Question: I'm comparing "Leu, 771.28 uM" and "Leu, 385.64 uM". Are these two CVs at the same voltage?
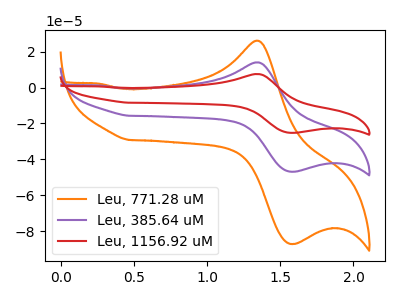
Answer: <think>The orange curve "Leu, 771.28 uM" has an anodic peak at (1.35V, 26.10uA) and a cathodic peak at (1.55V, -87.10uA). The purple curve "Leu, 385.64 uM" has an anodic peak at (1.35V, 14.05uA) and a cathodic peak at (1.55V, -46.85uA). The red curve "Leu, 1156.92 uM" has an anodic peak at (1.35V, 28.10uA) and a cathodic peak at (1.55V, -93.75uA).
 All the peaks in "Leu, 771.28 uM" have a peak in "Leu, 385.64 uM" at the same potential. Every peak in "Leu, 771.28 uM" is higher than every peak in "Leu, 385.64 uM".</think>
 <answer>"Leu, 771.28 uM" and "Leu, 385.64 uM" are similar in shape.</answer>
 <eval>same_shape</eval>